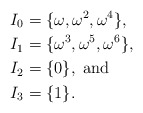
\begin{align*}I_0 &= \{ \omega, \omega^2, \omega^4 \},\\I_1 &= \{ \omega^3, \omega^5, \omega^6 \},\\I_2 &= \{ 0 \}, \textrm{ and}\\I_3 &= \{1\}.\end{align*}